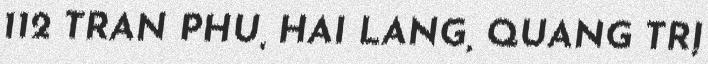
112 TRẦN PHÚ, HẢI LĂNG, QUẢNG TRỊ